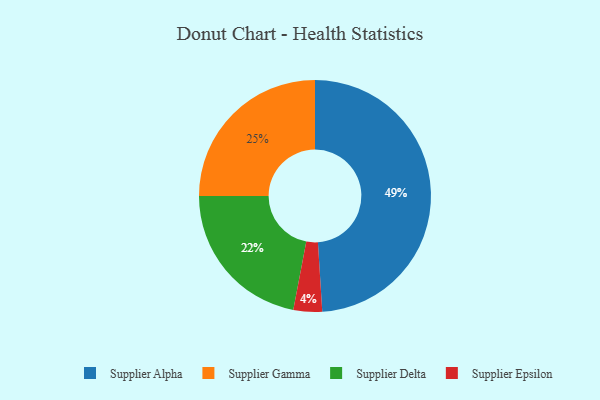
{"axis": {"x": "Category", "y": "Percentage"}, "legend": ["Supplier Alpha", "Supplier Delta", "Supplier Epsilon", "Supplier Gamma"], "data": [{"x": "Supplier Delta", "y": 22, "type": "Supplier Delta"}, {"x": "Supplier Gamma", "y": 25, "type": "Supplier Gamma"}, {"x": "Supplier Alpha", "y": 49, "type": "Supplier Alpha"}, {"x": "Supplier Epsilon", "y": 4, "type": "Supplier Epsilon"}]}